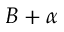
B + \alpha